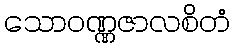
သောဝဏ္ဏဇာလစိတံ